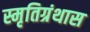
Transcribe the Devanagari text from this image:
स्मृतिग्रंथास